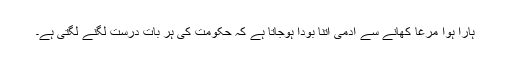
ہارا ہوا مرغا کھانے سے آدمی اتنا بودا ہوجاتا ہے کہ حکومت کی ہر بات درست لگنے لگتی ہے۔